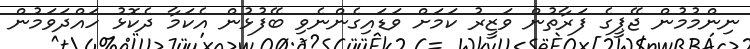
ނިންމުމުން ޖޭޕީގެ ފަރާތުން ވަޒީރު ކަމަށް ވަޑައިގެންނެވި ބޭފުޅުން އެކަމާ ދެކޮޅު ހައްދަވަމުން